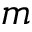
m